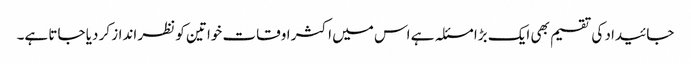
جائیداد کی تقسیم بھی ایک بڑا مسئلہ ہے اس میں اکثر اوقات خواتین کو نظر انداز کر دیا جاتا ہے۔